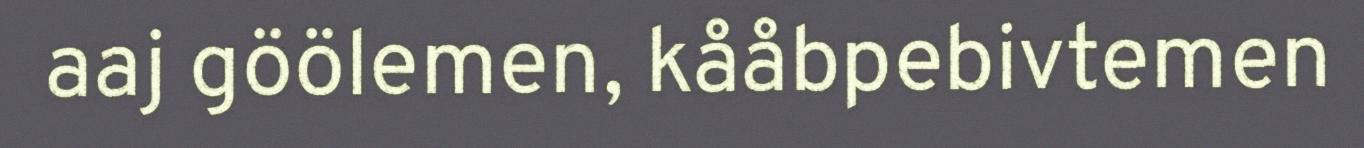
aaj göölemen, kååbpebivtemen